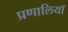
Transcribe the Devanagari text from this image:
प्रणालियॉ